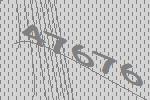
47676